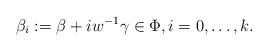
LaTeX: \begin{align*}\beta_i := \beta +i w^{-1}\gamma\in \Phi,i=0,\dotsc,k.\end{align*}